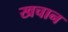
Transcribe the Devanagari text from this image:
खचान